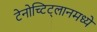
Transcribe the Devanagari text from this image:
टेनोच्टिट्लानमध्ये